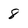
Character: 8